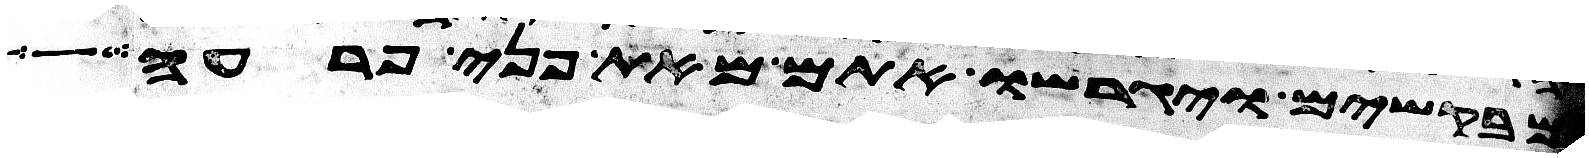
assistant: מבקשים ויגרשו אתם מאת פני פרעה